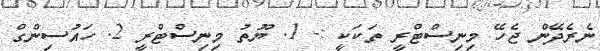
ނެރެދޭން ޖެހޭ މިނިސްޓްރީ ތަކަކީ :- 1. ޔޫތު މިނިސްޓްރީ 2. ހައުސިންގް